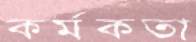
কর্মকতা